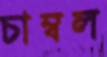
চাম্বল